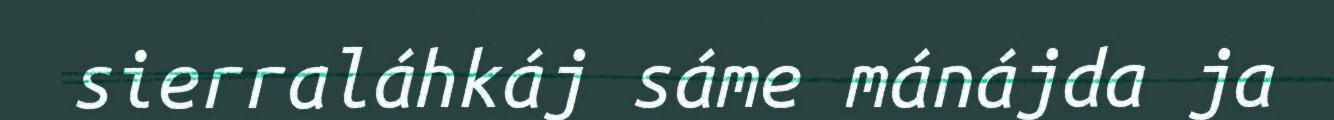
sierraláhkáj sáme mánájda ja